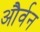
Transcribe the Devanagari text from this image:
और्वन